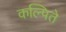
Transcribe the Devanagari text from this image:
कल्पिते